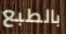
بالطبع